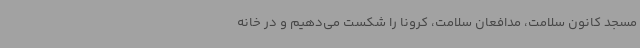
مسجد کانون سلامت، مدافعان سلامت، کرونا را شکست می‌دهیم و در خانه